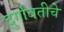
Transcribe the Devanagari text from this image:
दुर्गावतीचे